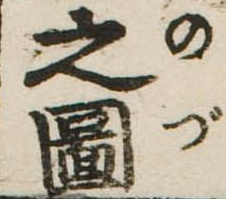
之図